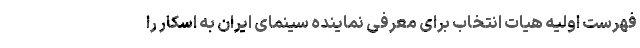
فهرست اولیه هیات انتخاب برای معرفی نماینده سینمای ایران به اسکار را